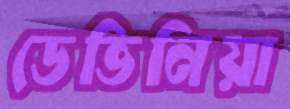
ডেভিনিয়া